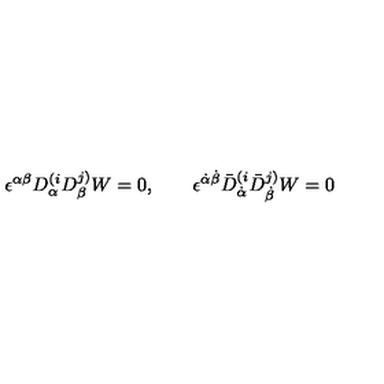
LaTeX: \epsilon ^ { \alpha \beta } D _ { \alpha } ^ { ( i } D _ { \beta } ^ { j ) } W = 0 , \qquad \epsilon ^ { \dot { \alpha } \dot { \beta } } \bar { D } _ { \dot { \alpha } } ^ { ( i } \bar { D } _ { \dot { \beta } } ^ { j ) } W = 0